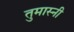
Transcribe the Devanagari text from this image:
तुमास्नी